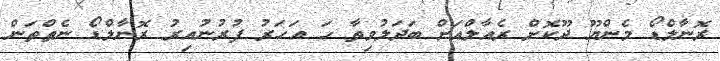
ރޮނާލްޑޯ މެންޔޫ ދޫކޮށް ރެއާލްއަށް ބަދަލުވިތާ ހަ އަހަރު ފުރުނުއިރު ރޮނާލްޑޯ ނެތްތަން